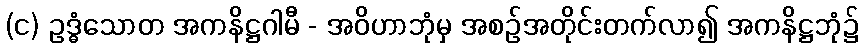
(င) ဥဒ္ဓံသောတ အကနိဋ္ဌဂါမီ - အဝိဟာဘုံမှ အစဉ်အတိုင်းတက်လာ၍ အကနိဋ္ဌဘုံ၌